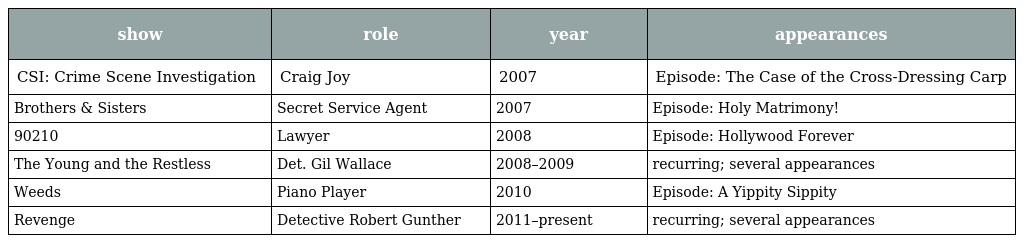
| show | role | year | appearances |
 | --- | --- | --- | --- |
 | CSI: Crime Scene Investigation | Craig Joy | 2007 | Episode: The Case of the Cross-Dressing Carp |
 | Brothers & Sisters | Secret Service Agent | 2007 | Episode: Holy Matrimony! |
 | 90210 | Lawyer | 2008 | Episode: Hollywood Forever |
 | The Young and the Restless | Det. Gil Wallace | 2008–2009 | recurring; several appearances |
 | Weeds | Piano Player | 2010 | Episode: A Yippity Sippity |
 | Revenge | Detective Robert Gunther | 2011–present | recurring; several appearances |